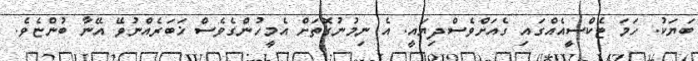
ބަޔަކު. ހަމަ ޓެކްސީއެއްގައި ގެއަށްވެސްދިޔައީ. އެ ނިމުނުގޮތަށް އެމީހުންގެވެސް ޚަބަރެއްނުވޭ އޭނާ ބުންޏެވެ.